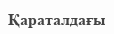
Қараталдағы